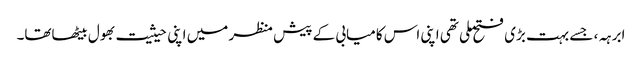
ابرہہ، جسے بہت بڑی فتح ملی تھی اپنی اس کامیابی کے پیش منظر میں اپنی حیثیت بھول بیٹھاتھا۔